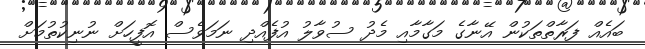
ބައެއް ފަރާތްތަކުން އޭނާގެ މަގާމާއި މެދު ސުވާލު އުފެއްދި ނަމަވެސް އޮފީހަށް ނުނިކުތުމަށް